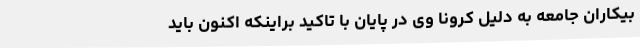
بیکاران جامعه به دلیل کرونا وی در پایان با تاکید براینکه اکنون باید